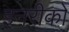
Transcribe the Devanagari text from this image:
इनरीको